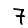
Digit: 7